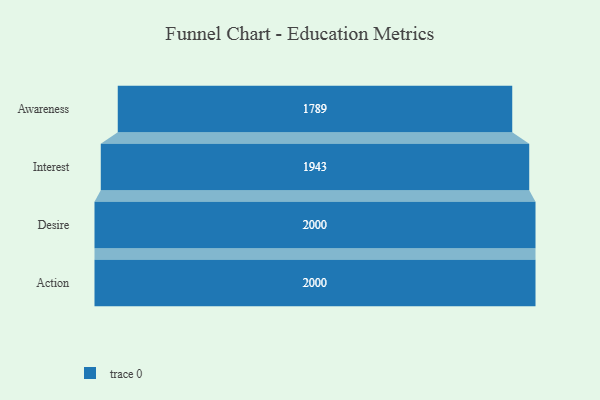
{"axis": {"x": "Stage", "y": "Value"}, "legend": [""], "data": [{"x": "Awareness", "y": 1789.0, "type": ""}, {"x": "Interest", "y": 1943.0, "type": ""}, {"x": "Desire", "y": 2000, "type": ""}, {"x": "Action", "y": 2000, "type": ""}]}